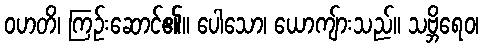
ဝဟတိ၊ ကြဉ်းဆောင်၏။ ပေါသော၊ ယောကျ်ားသည်။ သဗ္ဘိရေဝ၊